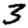
Digit: 3